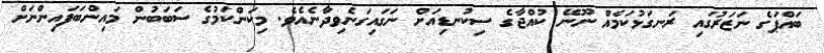
ބައްޕަގެ ނަޒަރުގައި ރަނގަޅުކަމެއް ނޫނޭ ކުއްޖާގެ ސިކުނޑިއަށް ނަގައިގަނެވިދާނެއެވެ. މިކަންކަމުގެ ސަބަބުން މައިންބަފައިންނަށް